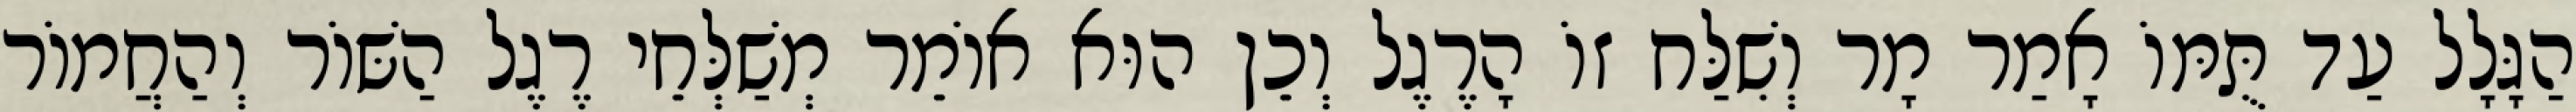
הַגָּלָל עַד תֻּמּוֹ אָמַר מָר וְשִׁלַּח זוֹ הָרֶגֶל וְכֵן הוּא אוֹמֵר מְשַׁלְּחֵי רֶגֶל הַשּׁוֹר וְהַחֲמוֹר